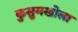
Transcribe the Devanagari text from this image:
कुसुमखोला